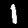
Digit: 1